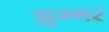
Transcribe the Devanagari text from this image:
झुम्मर